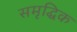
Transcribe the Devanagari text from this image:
समृद्धिक